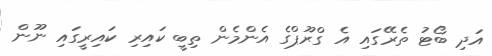
އަދި ބޯޓު ތެރޭގައި އެ ގްރޫޕްގެ އެންމެން ތިބީ ކައިރި ކައިރީގައި ނޫން